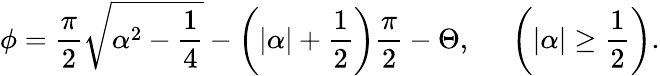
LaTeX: \phi=\frac{\pi}{2}\sqrt{\alpha^{2}-\frac{1}{4}}-\left(|\alpha|+\frac{1}{2}\right)\frac{\pi}{2}-\Theta,\; \; \; \; \; \left(|\alpha|\geq\frac{1}{2}\right).